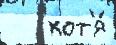
   хот'я́